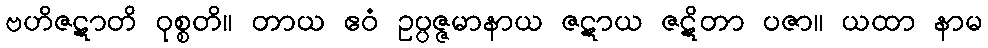
ဗဟိဇဋာတိ ဝုစ္စတိ။ တာယ ဧဝံ ဥပ္ပဇ္ဇမာနာယ ဇဋာယ ဇဋိတာ ပဇာ။ ယထာ နာမ